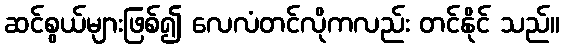
ဆင်စွယ်များဖြစ်၍ လေလံတင်လိုကလည်း တင်နိုင် သည်။